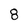
Character: 8